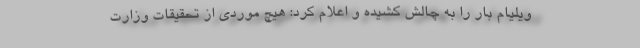
ویلیام بار را به چالش کشیده و اعلام کرد: هیچ موردی از تحقیقات وزارت